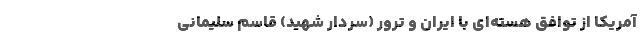
آمریکا از توافق هسته‌ای با ایران و ترور (سردار شهید) قاسم سلیمانی